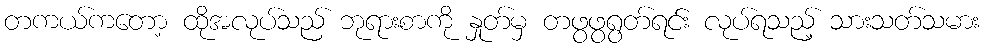
တကယ်ကတော့ ထိုအလုပ်သည် ဘုရားစာကို နှုတ်မှ တဖွဖွရွတ်ရင်း လုပ်ရသည့် သားသတ်သမား